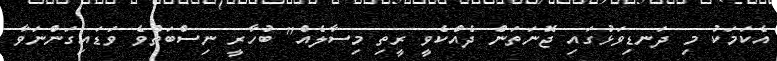
އެކަމަކު މި ދަނޑިވަޅުގައި ޖޮނަތަން ދެއްކެވީ ރީތި މިސާލެއް" ބުހާރީ ނިސްބަތްވެ ވަޑައިގަންނަވާ